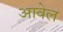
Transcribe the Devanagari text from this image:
आवेल